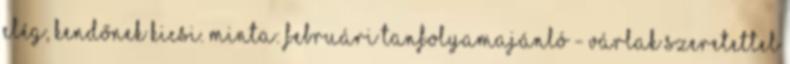
elég, kendőnek kicsi. Minta: Februári tanfolyamajánló - Várlak szeretettel